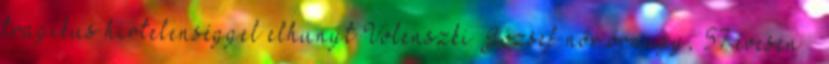
tragikus hirtelenséggel elhunyt Volenszki József nőr.őrnagy, 57 évesen –